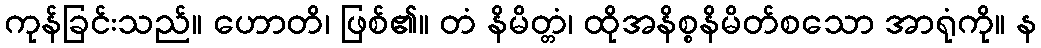
ကုန်ခြင်းသည်။ ဟောတိ၊ ဖြစ်၏။ တံ နိမိတ္တံ၊ ထိုအနိစ္စနိမိတ်စသော အာရုံကို။ န